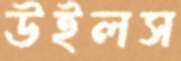
উইলস